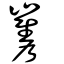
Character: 嶲